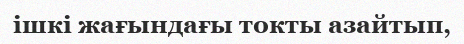
ішкі жағындағы токты азайтып,